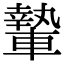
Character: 𨎌